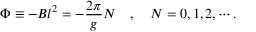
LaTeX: \Phi \equiv - B l ^ { 2 } = - \frac { 2 \pi } { g } N \quad , \quad N = 0 , 1 , 2 , \cdots .